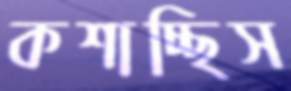
কশাচ্ছিস